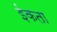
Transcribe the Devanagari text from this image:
ईकता